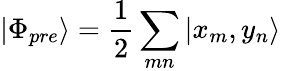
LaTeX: |\Phi_{pre}\rangle=\frac{1}{2}\sum_{mn}|x_{m},y_{n}\rangle